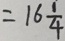
= 1 6 \frac { 1 } { 4 }